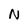
Character: N